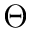
\Theta